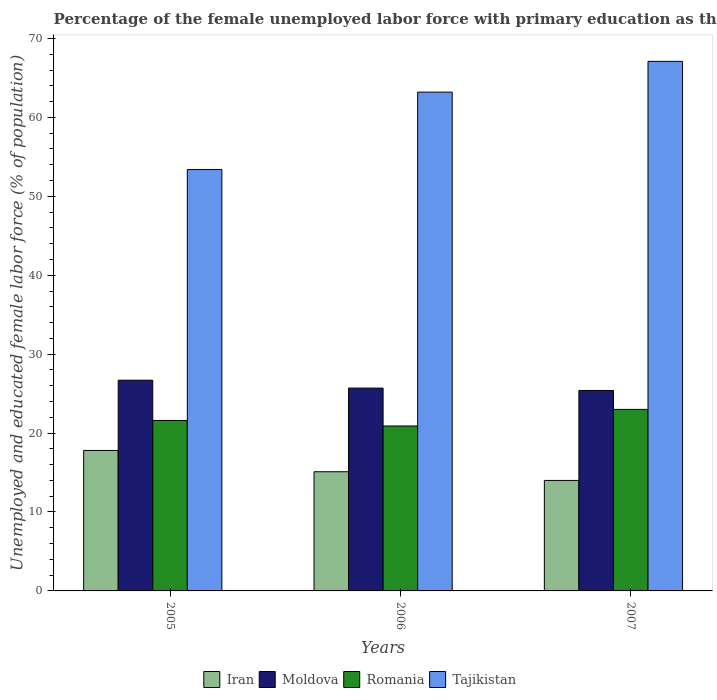
| Years | Iran | Moldova | Romania | Tajikistan |
 | --- | --- | --- | --- | --- |
 | 2005 | 17.8 | 26.7 | 21.6 | 53.4 |
 | 2006 | 15.1 | 25.7 | 20.9 | 63.2 |
 | 2007 | 14 | 25.4 | 23 | 67.1 |